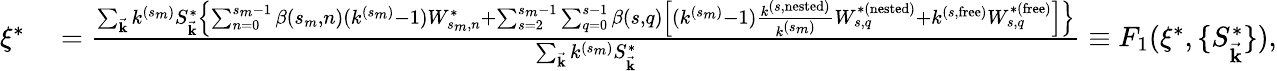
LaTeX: \begin{array}{rl}{\xi^{*}}&{{}=\frac{\sum_{\vec{\mathbf{k}}}k^{(s_{m})}S_{\vec{\mathbf{k}}}^{*}\left\{ \sum_{n=0}^{s_{m}-1}\beta(s_{m},n)(k^{(s_{m})}-1)W_{s_{m},n}^{*}+\sum_{s=2}^{s_{m}-1}\sum_{q=0}^{s-1}\beta(s,q)\left[(k^{(s_{m})}-1)\frac{k^{(s,\mathrm{nested})}}{k^{(s_{m})}}W_{s,q}^{*(\mathrm{nested})}+k^{(s,\mathrm{free})}W_{s,q}^{*(\mathrm{free})}\right]\right\} }{\sum_{\vec{\mathbf{k}}}k^{(s_{m})}S_{\vec{\mathbf{k}}}^{*}}\equiv F_{1}(\xi^{*},\{ S_{\vec{\mathbf{k}}}^{*}\} ),}\end{array}